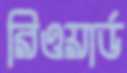
রিওয়ার্ড